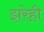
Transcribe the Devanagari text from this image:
झरेही